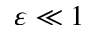
\varepsilon \ll 1